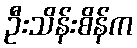
ဦးသိန်းစိန်က